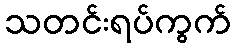
သတင်းရပ်ကွက်